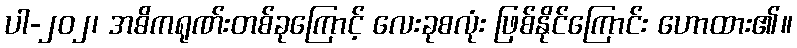
ပါ-၂၀၂၊ အဓိကရုဏ်းတစ်ခုကြောင့် လေးခုစလုံး ဖြစ်နိုင်ကြောင်း ဟောထား၏။